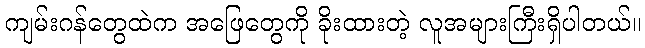
ကျမ်းဂန်တွေထဲက အဖြေတွေကို ခိုးထားတဲ့ လူအများကြီးရှိပါတယ်။